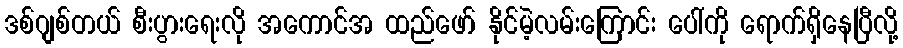
ဒစ်ဂျစ်တယ် စီးပွားရေးလို အကောင်အ ထည်ဖော် နိုင်မဲ့လမ်းကြောင်း ပေါ်ကို ရောက်ရှိနေပြီလို့